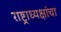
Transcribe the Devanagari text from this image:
राष्ट्राध्यक्षांचा